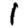
Digit: 1